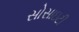
સોસાઇટી